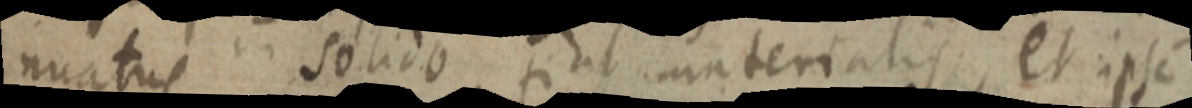
nuatus solido si ut materialis, et ipse